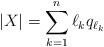
LaTeX: \begin{align*}|X| = \sum_{k=1}^n \ell_k q_{\ell_k} \end{align*}